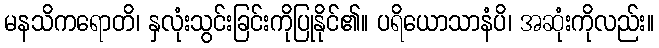
မနသိကရောတိ၊ နှလုံးသွင်းခြင်းကိုပြုနိုင်၏။ ပရိယောသာနံပိ၊ အဆုံးကိုလည်း။